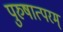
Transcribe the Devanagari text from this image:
पुरुषात्परम्